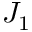
J _ { 1 }